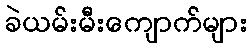
ခဲယမ်းမီးကျောက်များ